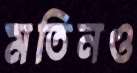
মতিনও